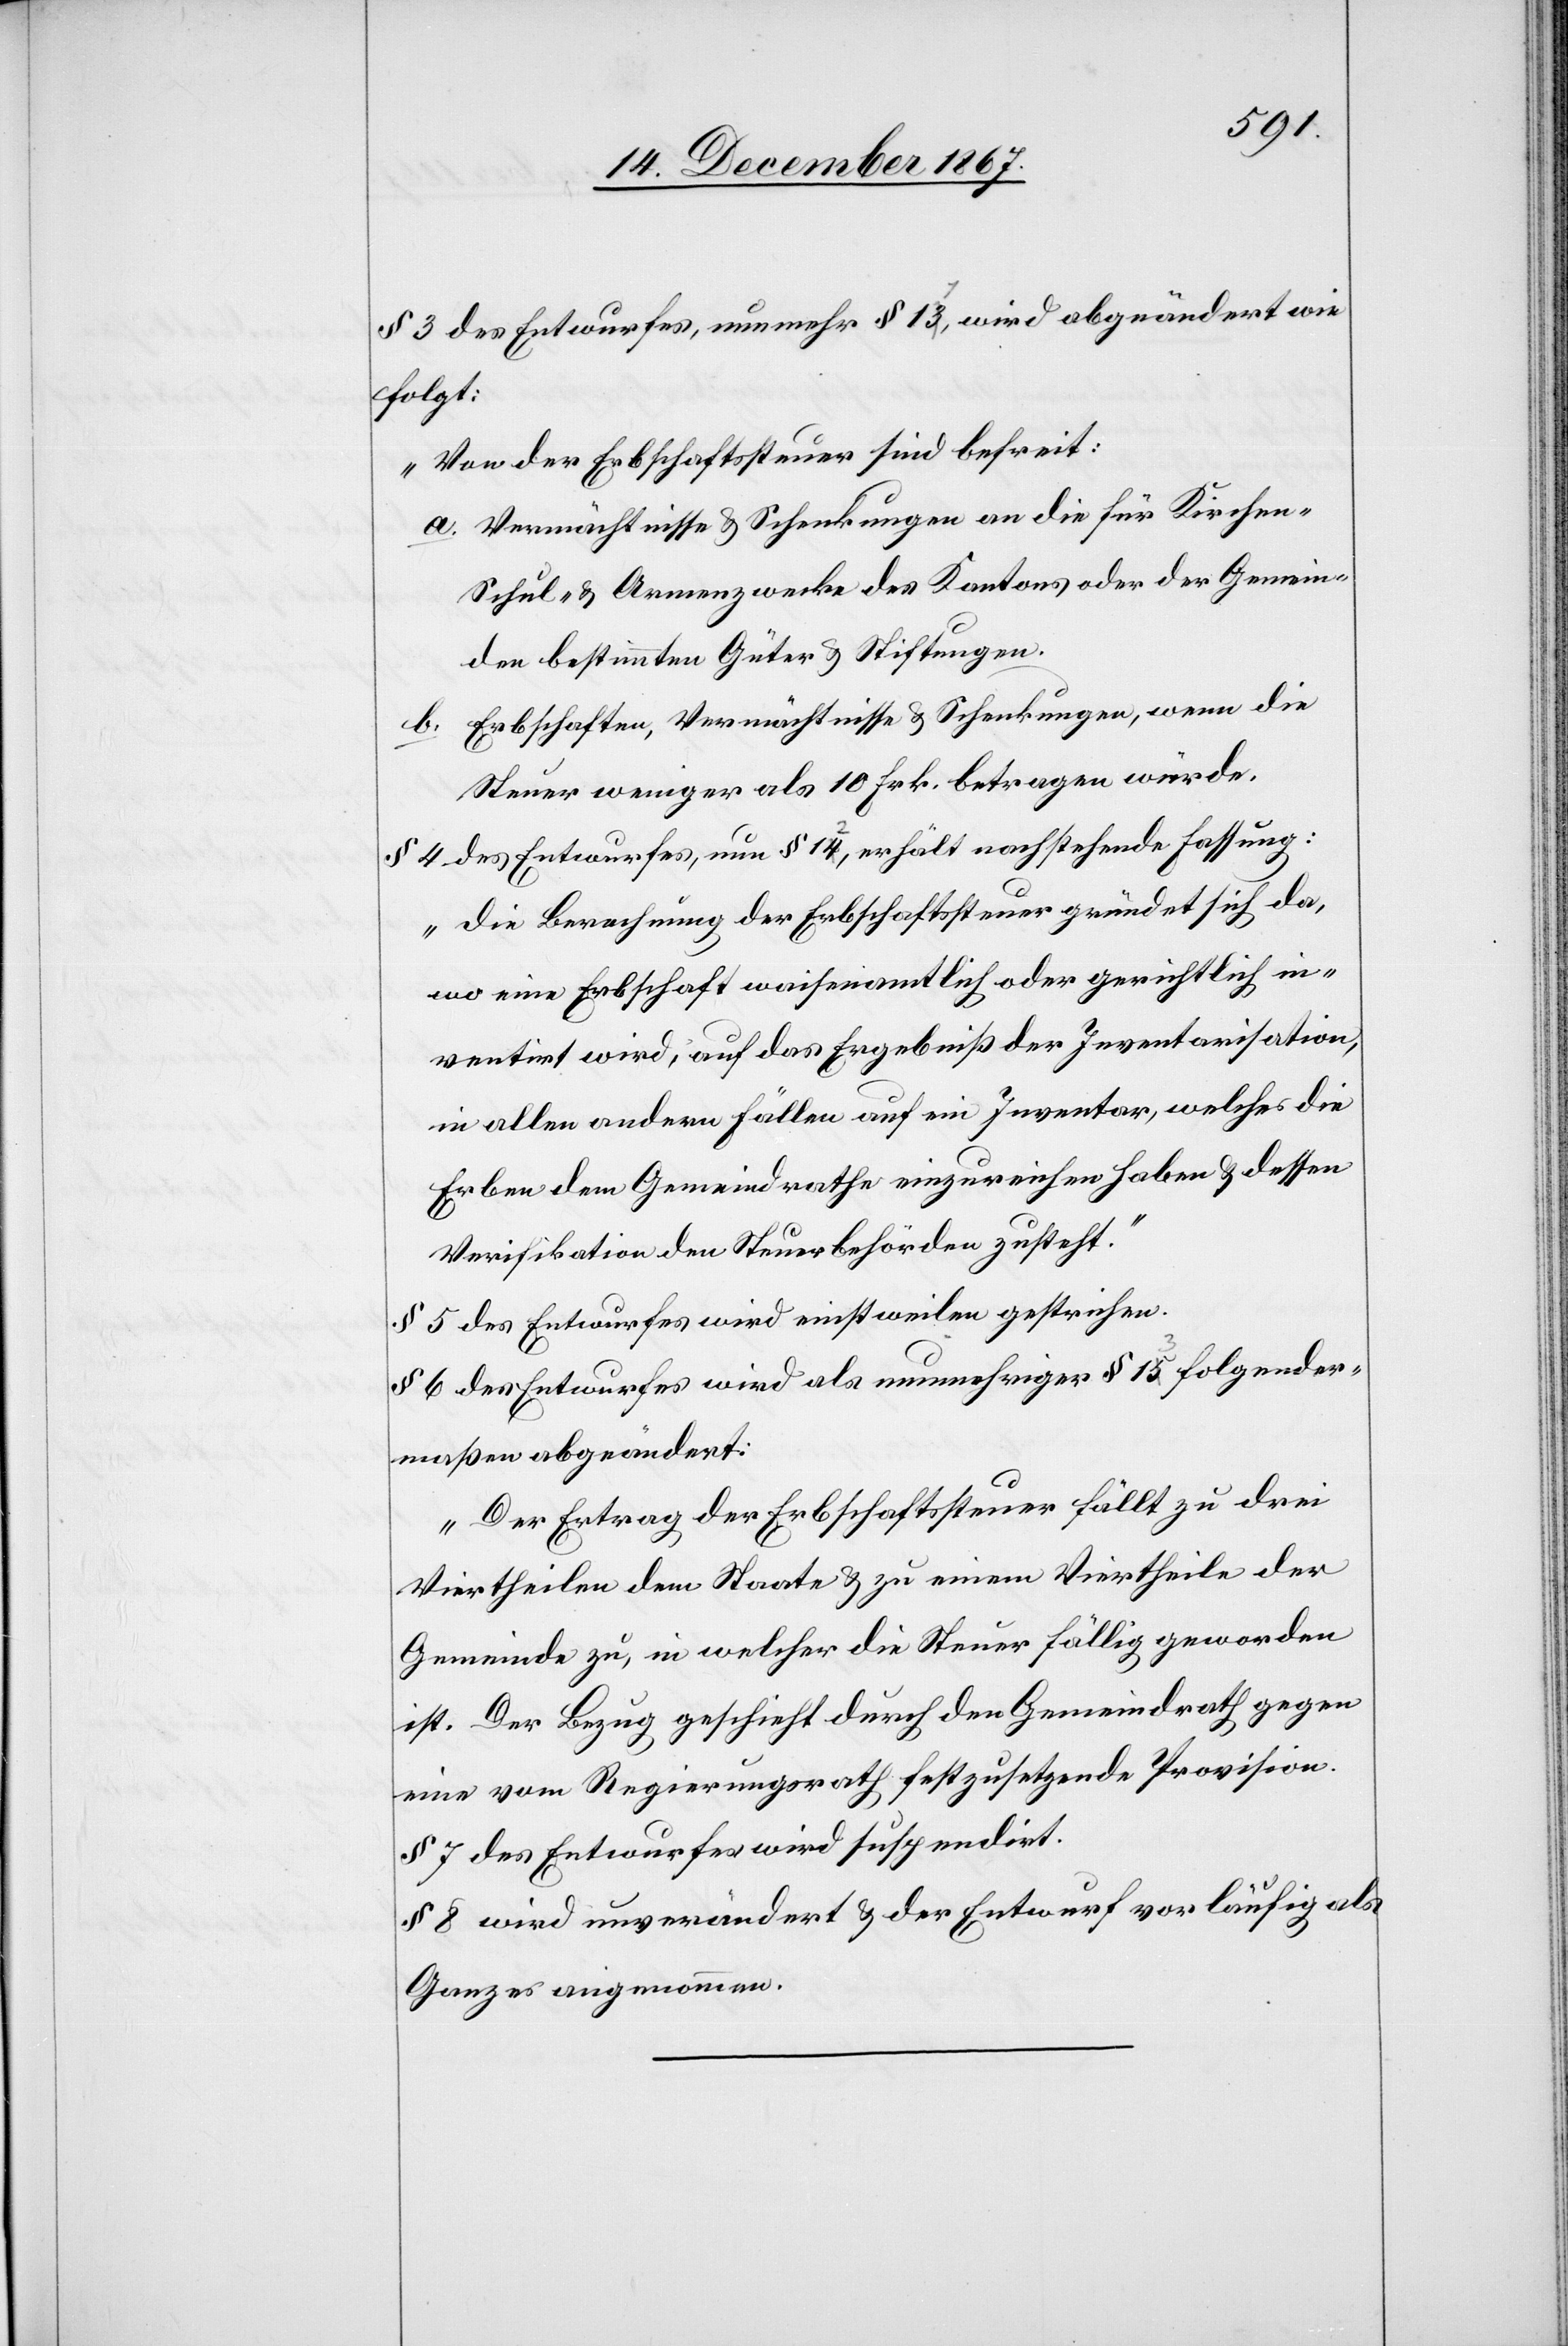
§ 3 des Entwurfes, numehr § 1a-31-a, wird abgeändert wie
folgt:
„Von der Erbschaftssteuer sind befreit:
a. Vermächtnisse u. Schenkungen an die für Kirchen-[,]
Schul- u. Armenzwecke des Kantons oder der Gemein¬
den bestimmten Güter u. Stiftungen.
b. Erbschaften, Vermächtnisse u. Schenkunge, wenn die
Steuer weniger als 10 Frk. betragen würde.
§ 4 des Entwurfes, nun § 1a-42-a,, erhält nachstehende Fassung:
„die Berechnung der Erbschaftssteuer gründet sich da¬
wo eine Erbschaft waisenamtlich oder gerichtlich in¬
ventirt wird, auf das Ergebniß der Inventarisation,
in allen andern Fällen auf ein Inventar, welches die
Erben dem Gemeindrathe einzureichen haben u. dessen
Verifikation den Steuerbehörden zusteht.“
§ 5 des Entwurfes wird einstweilen gestrichen.
§ 6 des Entwurfes wird als numehriger § 1a-53-a folgender¬
maßen abgeändert:
„Der Ertrag der Erbschaftssteuer fällt zu drei
Viertheilen dem Staate u. zu einem Viertheile der
Gemeinde zu, in welcher die Steuer fällig geworden
ist. Der Bezug geschieht durch den Gemeindrathe gegen
eine vom Regierungsrath festzusetzende Provision.
§ 7 des Entwurfes wird suspendirt.
§ 8 wird unverändert u. der Entwurf vorläufig als
Ganzes angenommen.